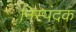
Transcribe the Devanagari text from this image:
निस्पंदक